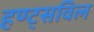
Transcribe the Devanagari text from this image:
हण्ट्सविल